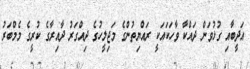
އަދީބާއި ގުޅުވަން ދައްކާ ވާހަކައަކީ ރައްޔިތުންގެ މަޖިލީހުގެ ދިއްގަރު ދާއިރާގެ ކުރީގެ މެމްބަރު